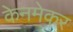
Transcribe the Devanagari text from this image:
केनमेकर